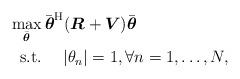
LaTeX: \begin{align*}& \max_{\bar{\boldsymbol{\theta}}} \bar{\boldsymbol{\theta}}^{\rm H}(\boldsymbol{R} + \boldsymbol{V}) \bar{\boldsymbol{\theta}} \\& ~~\textrm{s.t.} \quad~ |\theta_n| = 1, \forall n = 1,\ldots, N, \end{align*}